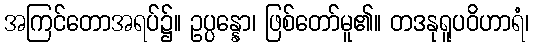
အကြင်တောအရပ်၌။ ဥပ္ပန္နော၊ ဖြစ်တော်မူ၏။ တဒနုရူပဝိဟာရံ၊